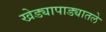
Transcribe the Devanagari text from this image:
खेड्यापाड्यातले